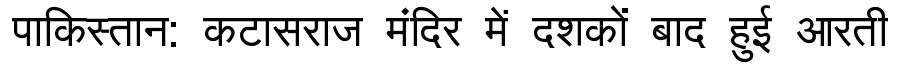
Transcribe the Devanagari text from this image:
पाकिस्तान: कटासराज मंदिर में दशकों बाद हुई आरती